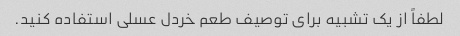
لطفاً از یک تشبیه برای توصیف طعم خردل عسلی استفاده کنید.